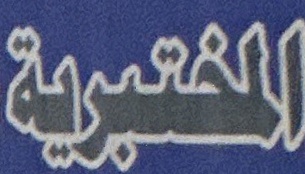
المختبرية